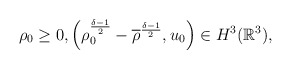
\begin{align*}\rho_0\geq 0, \left( \rho^{\frac{\delta-1}{2}}_0-\overline{\rho}^{\frac{\delta-1}{2}}, u_0\right)\in H^3(\mathbb{R}^3),\end{align*}